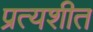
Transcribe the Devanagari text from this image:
प्रत्यशीत